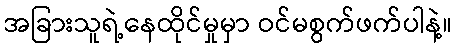
အခြားသူရဲ့နေထိုင်မှုမှာ ဝင်မစွက်ဖက်ပါနဲ့။